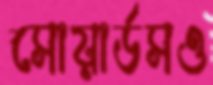
সোয়ার্ডসও